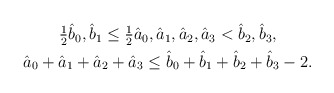
\begin{align*}\begin{gathered}\tfrac12\hat b_0,\hat b_1\le\tfrac12\hat a_0,\hat a_1,\hat a_2,\hat a_3<\hat b_2,\hat b_3,\\\hat a_0+\hat a_1+\hat a_2+\hat a_3\le\hat b_0+\hat b_1+\hat b_2+\hat b_3-2.\end{gathered}\end{align*}